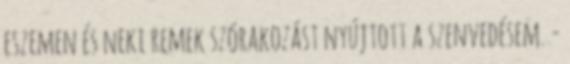
eszemen és neki remek szórakozást nyújtott a szenvedésem. -